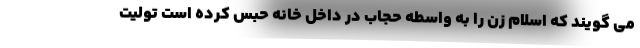
می گویند که اسلام زن را به واسطه حجاب در داخل خانه حبس کرده است تولیت